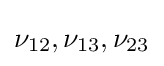
\nu _{12},\nu _{13},\nu _{23}